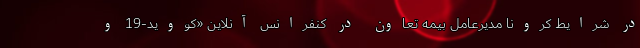
در شرایط کرونا مدیرعامل بیمه تعاون در کنفرانس آنلاین «کووید-19 و